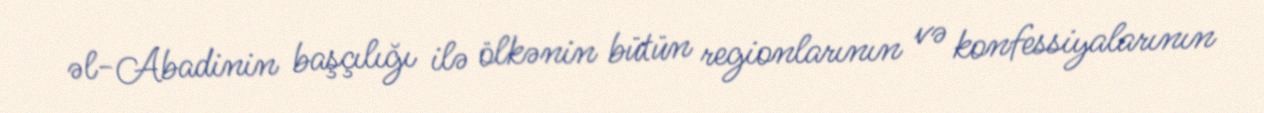
əl-Abadinin başçılığı ilə ölkənin bütün regionlarının və konfessiyalarının